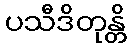
ပသီဒိတုန္တိ